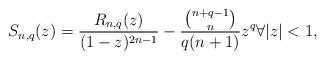
LaTeX: \begin{align*}S_{n,q}(z)=\frac{ R_{n,q}(z)}{(1-z)^{2n-1}}-\frac{\binom{n+q-1}{ n}}{ q(n+1)}z^{q} \forall |z|<1,\end{align*}